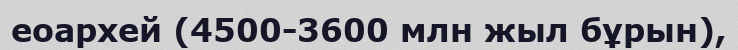
еоархей (4500-3600 млн жыл бұрын),